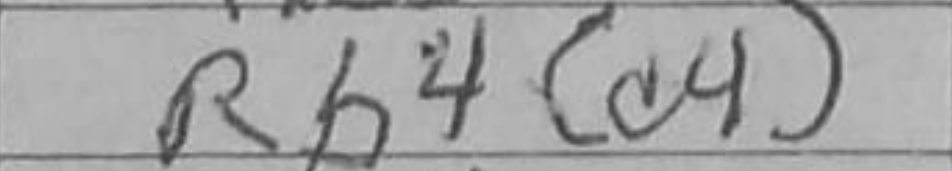
Transcription: Rb4